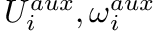
U _ { i } ^ { a u x } , \omega _ { i } ^ { a u x }